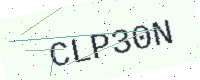
Text: CLP30N